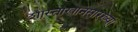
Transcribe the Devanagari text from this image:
शास्ताखानसारख्या